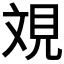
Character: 𣁐